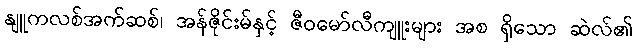
နျူကလစ်အက်ဆစ်၊ အန်ဇိုင်းမ်နှင့် ဇီဝမော်လီကျူးများ အစ ရှိသော ဆဲလ်၏